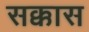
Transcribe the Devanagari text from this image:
सक्कास